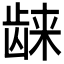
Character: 𱌴